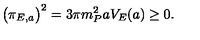
\bigl ( \pi _ { E , a } \bigr ) ^ { 2 } = 3 \pi m _ { P } ^ { 2 } a V _ { E } ( a ) \geq 0 .